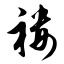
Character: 褛